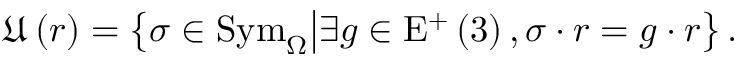
\mathfrak { U } \left( r \right) = \left\{ \sigma \in \mathrm { S y m } _ { \Omega } \middle | \exists g \in \mathrm { E } ^ { + } \left( 3 \right) , \sigma \cdot r = g \cdot r \right\} .